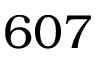
6 0 7